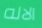
الاله